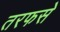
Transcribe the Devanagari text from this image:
तरफसे